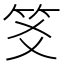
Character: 笅